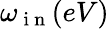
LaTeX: \omega_{\mathrm{~i~n~}}(eV)